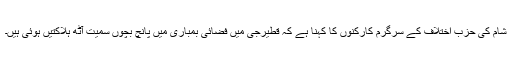
شام کی حزب اختلاف کے سرگرم کارکنوں کا کہنا ہے کہ قطیرجی میں فضائی بمباری میں پانچ بچوں سمیت آٹھ ہلاکتیں ہوئی ہیں۔